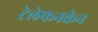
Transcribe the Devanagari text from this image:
टेलेफनकेन